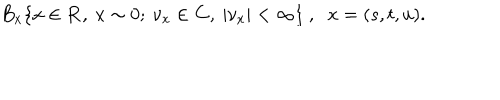
B _ { x } \{ x \in { \bf R } , \ x \sim 0 ; \ { \nu } _ { x } \in { \bf C } , \ | { \nu } _ { x } | < \infty \} \ , \, \, \ x = ( s , t , u ) .